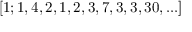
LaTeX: [ 1 ; 1 , 4 , 2 , 1 , 2 , 3 , 7 , 3 , 3 , 3 0 , . . . ]